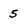
Character: 5